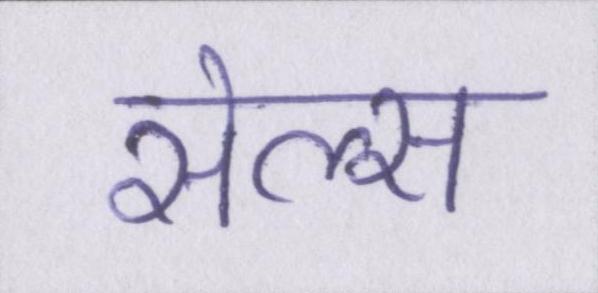
सेल्स